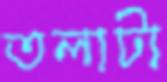
তলাটা